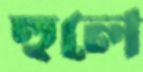
হুলে